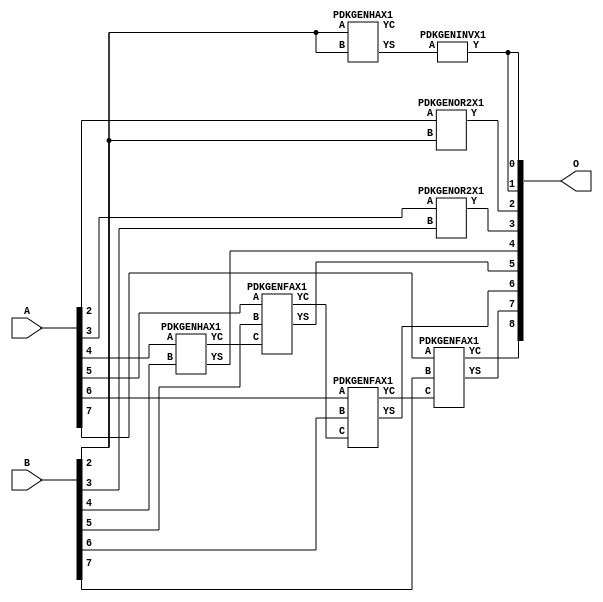
// Library = EvoApprox8b
// Circuit = add8_322
// Area   (180) = 600
// Delay  (180) = 0.830
// Power  (180) = 155.10
// Area   (45) = 42
// Delay  (45) = 0.310
// Power  (45) = 15.10
// Nodes = 8
// HD = 184448
// MAE = 3.70312
// MSE = 26.50000
// MRE = 1.92 %
// WCE = 15
// WCRE = 300 %
// EP = 85.9 %

module add8_322(A, B, O);
  input [7:0] A;
  input [7:0] B;
  output [8:0] O;
  wire [2031:0] N;

  assign N[0] = A[0];
  assign N[1] = A[0];
  assign N[2] = A[1];
  assign N[3] = A[1];
  assign N[4] = A[2];
  assign N[5] = A[2];
  assign N[6] = A[3];
  assign N[7] = A[3];
  assign N[8] = A[4];
  assign N[9] = A[4];
  assign N[10] = A[5];
  assign N[11] = A[5];
  assign N[12] = A[6];
  assign N[13] = A[6];
  assign N[14] = A[7];
  assign N[15] = A[7];
  assign N[16] = B[0];
  assign N[17] = B[0];
  assign N[18] = B[1];
  assign N[19] = B[1];
  assign N[20] = B[2];
  assign N[21] = B[2];
  assign N[22] = B[3];
  assign N[23] = B[3];
  assign N[24] = B[4];
  assign N[25] = B[4];
  assign N[26] = B[5];
  assign N[27] = B[5];
  assign N[28] = B[6];
  assign N[29] = B[6];
  assign N[30] = B[7];
  assign N[31] = B[7];

  PDKGENHAX1 n40(.A(N[20]), .B(N[20]), .YS(N[40]), .YC(N[41]));
  PDKGENINVX1 n126(.A(N[40]), .Y(N[126]));
  assign N[127] = N[126];
  PDKGENOR2X1 n132(.A(N[4]), .B(N[20]), .Y(N[132]));
  PDKGENOR2X1 n182(.A(N[6]), .B(N[22]), .Y(N[182]));
  PDKGENHAX1 n232(.A(N[8]), .B(N[24]), .YS(N[232]), .YC(N[233]));
  PDKGENFAX1 n282(.A(N[10]), .B(N[26]), .C(N[233]), .YS(N[282]), .YC(N[283]));
  PDKGENFAX1 n332(.A(N[12]), .B(N[28]), .C(N[283]), .YS(N[332]), .YC(N[333]));
  PDKGENFAX1 n382(.A(N[14]), .B(N[30]), .C(N[333]), .YS(N[382]), .YC(N[383]));

  assign O[0] = N[127];
  assign O[1] = N[126];
  assign O[2] = N[132];
  assign O[3] = N[182];
  assign O[4] = N[232];
  assign O[5] = N[282];
  assign O[6] = N[332];
  assign O[7] = N[382];
  assign O[8] = N[383];

endmodule
/* mod */
module PDKGENOR2X1(input A, input B, output Y );
     assign Y = A | B;
endmodule
/* mod */
module PDKGENHAX1( input A, input B, output YS, output YC );
    assign YS = A ^ B;
    assign YC = A & B;
endmodule
/* mod */
module PDKGENINVX1(input A, output Y );
     assign Y = ~A;
endmodule
/* mod */
module PDKGENFAX1( input A, input B, input C, output YS, output YC );
    assign YS = (A ^ B) ^ C;
    assign YC = (A & B) | (B & C) | (A & C);
endmodule